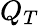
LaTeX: Q_{T}